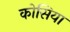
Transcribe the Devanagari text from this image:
कोसिया